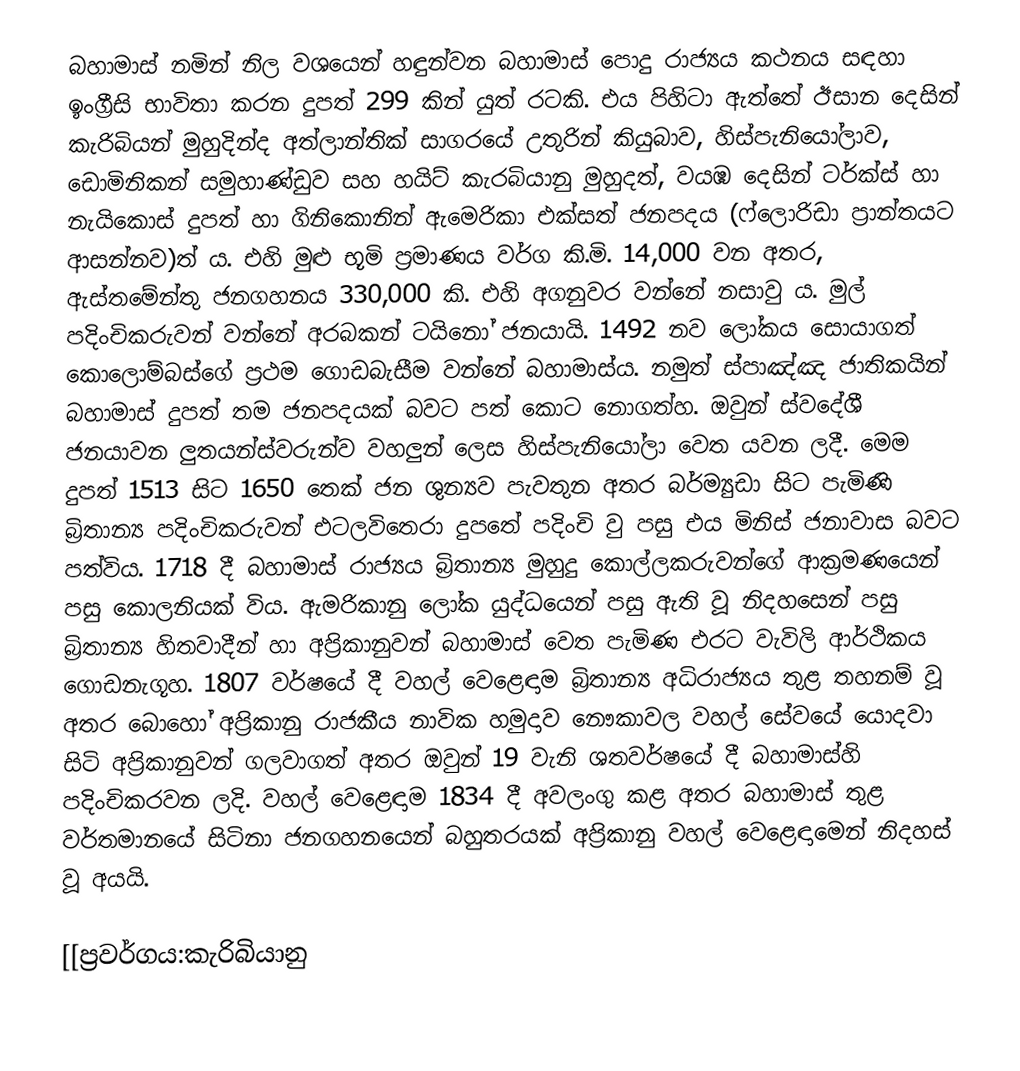
බහාමාස් නමින් නිල වශයෙන්  හඳුන්වන බහාමාස් පොදු රාජ්‍යය කථනය සඳහා ඉංග්‍රීසි භාවිතා කරන දුපත් 299 කින් යුත් රටකි. එය පිහිටා ඇත්තේ ඊසාන දෙසින් කැරිබියන් මුහුදින්ද  අත්ලාන්තික් සාගරයේ උතුරින් කියුබාව, හිස්පැනියෝලාව, ඩොමිනිකන් සමුහාණ්ඩුව සහ හයිට් කැරබියානු මුහුදත්, වයඹ දෙසින් ටර්ක්ස් හා නැයිකොස් දුපත් හා ගිනිකොනින් ඇමෙරිකා එක්සත් ජනපදය (ෆ්ලොරිඩා ප්‍රාන්තයට ආසන්නව)ත් ය. එහි මුළු භූමි ප්‍රමාණය වර්ග කි.මි. 14,000 වන අතර, ඇස්තමේන්තු ජනගහනය 330,000 කි. එහි අගනුවර වන්නේ නසාවු ය. මුල් පදිංචිකරුවන් වන්නේ අරබකන් ටයිනෝ ජනයායි. 1492 නව ලෝකය සොයාගත් කොලොම්බස්ගේ ප්‍රථම ගොඩබැසීම වන්නේ බහාමාස්ය. නමුත් ස්පාඤ්ඤ ජාතිකයින් බහාමාස් දුපත් තම ජනපදයක් බවට පත් කොට නොගත්හ. ඔවුන් ස්වදේශී ජනයාවන ලුතයන්ස්වරුන්ව  වහලුන් ලෙස හිස්පැනියෝලා වෙත යවන ලදී. මෙම දුපත් 1513 සිට 1650 තෙක් ජන ශුන්‍යව පැවතුන අතර බර්ම්‍යුඩා සිට පැමිණි බ්‍රිතාන්‍ය පදිංචිකරුවන් එටලවිතෙරා දුපතේ පදිංචි වු පසු එය මිනිස් ජනාවාස බවට පත්විය. 1718 දී බහාමාස්  රාජ්‍යය බ්‍රිතාන්‍ය මුහුදු ‍කොල්ලකරුවන්ගේ ආක්‍රමණයෙන් පසු කොලනියක් විය. ඇමරිකානු ලෝක යුද්ධයෙන් පසු ඇති වූ නිදහසෙන් පසු බ්‍රිතාන්‍ය හිතවාදීන් හා අප්‍රිකානුවන් බහාමාස් වෙත පැමිණ එරට වැවිලි ආර්ථිකය ගොඩනැගූහ. 1807 වර්ෂයේ දී වහල් වෙළෙඳාම බ්‍රිතාන්‍ය අධිරාජ්‍යය තුළ තහනම් වූ අතර බොහෝ අප්‍රිකානු රාජකීය නාවික හමුදාව නෞකාවල වහල් සේවයේ යොදවා සිටි අප්‍රිකානුවන් ගලවාගත් අතර ඔවුන් 19 වැනි ශතවර්ෂයේ දී බහාමාස්හි පදිංචිකරවන ලදි. වහල් වෙළෙඳාම 1834 දී අවලංගු කළ අතර බහාමාස් තුළ වර්තමානයේ සිටිනා ජනගහනයෙන් බහුතරයක් අප්‍රිකානු වහල් වෙළෙඳාමෙන් නිදහස් වූ අයයි.

[[ප්‍රවර්ගය:කැරිබියානු